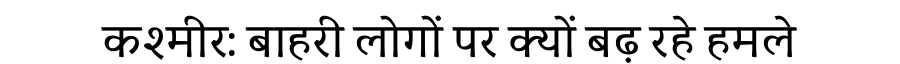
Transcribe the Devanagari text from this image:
कश्मीर: बाहरी लोगों पर क्यों बढ़ रहे हमले